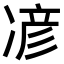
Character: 𫝏